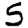
Digit: 5